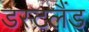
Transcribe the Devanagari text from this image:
डस्टलैंड